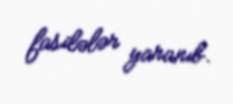
fasilələr yaranıb.